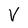
Character: V